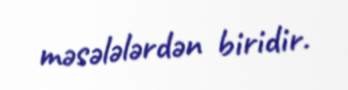
məsələlərdən biridir.